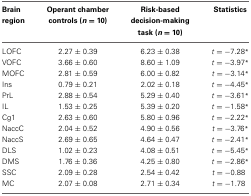
| Brain region | Operant chamber controls (n = 10) | Risk-based decision-making task (n = 10) | Statistics |
 | --- | --- | --- | --- |
 | LOFC | 2.27 ± 0.39 | 6.23 ± 0.38 | t = −7.28* |
 | VOFC | 3.66 ± 0.60 | 8.60 ± 1.09 | t = −3.97* |
 | MOFC | 2.81 ± 0.59 | 6.00 ± 0.82 | t = −3.14* |
 | Ins | 0.79 ± 0.21 | 2.02 ± 0.18 | t = −4.45* |
 | PrL | 2.88 ± 0.54 | 5.29 ± 0.40 | t = −3.61* |
 | IL | 1.53 ± 0.25 | 5.39 ± 0.20 | t = −1.58* |
 | Cg1 | 2.63 ± 0.60 | 5.80 ± 0.96 | t = −2.22* |
 | NaccC | 2.04 ± 0.52 | 4.90 ± 0.56 | t = −3.76* |
 | NaccS | 2.69 ± 0.65 | 4.64 ± 0.47 | t = −2.41* |
 | DLS | 1.02 ± 0.23 | 4.08 ± 0.51 | t = −5.45* |
 | DMS | 1.76 ± 0.36 | 4.25 ± 0.80 | t = −2.86* |
 | SSC | 2.09 ± 0.28 | 2.54 ± 0.42 | t = −0.88 |
 | MC | 2.07 ± 0.08 | 2.71 ± 0.34 | t = −1.78 |